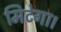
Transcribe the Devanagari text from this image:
मिटेगा।